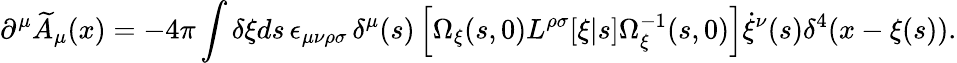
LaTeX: \partial^{\mu}\widetilde{A}_{\mu}(x)=-4\pi\int\delta\xi ds\, \epsilon_{\mu\nu\rho\sigma}\, \delta^{\mu}(s)\left[\Omega_{\xi}(s,0)L^{\rho\sigma}[\xi|s]\Omega_{\xi}^{-1}(s,0)\right]\dot{\xi}^{\nu}(s)\delta^{4}(x-\xi(s)).